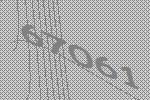
67061